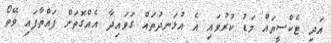
އަދި ޓެކްސީތައް މަޑު ކުރުވައި އެ އުޅަނދުތައްް ގަވައިދާ އެއްގޮތަށް ފައްތާފައި ވޭތޯ